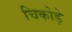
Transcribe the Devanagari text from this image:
चिकोड़े